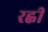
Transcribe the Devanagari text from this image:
रह्वी